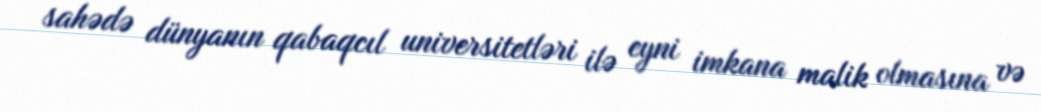
sahədə dünyanın qabaqcıl universitetləri ilə eyni imkana malik olmasına və